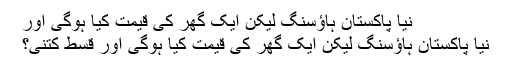
نیا پاکستان ہاﺅسنگ لیکن ایک گھر کی قیمت کیا ہوگی اور
نیا پاکستان ہاﺅسنگ لیکن ایک گھر کی قیمت کیا ہوگی اور قسط کتنی؟